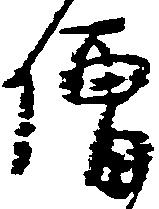
僧